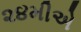
૨૪મીએ